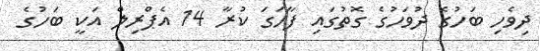
ދިވެހި ބަހުގެ ދުވަހުގެ ގޮތުގައި ފާހަގަ ކުރާ 14 އެޕްރިލް އަކީ ބަހުގެ